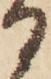
る